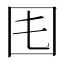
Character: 𡆰